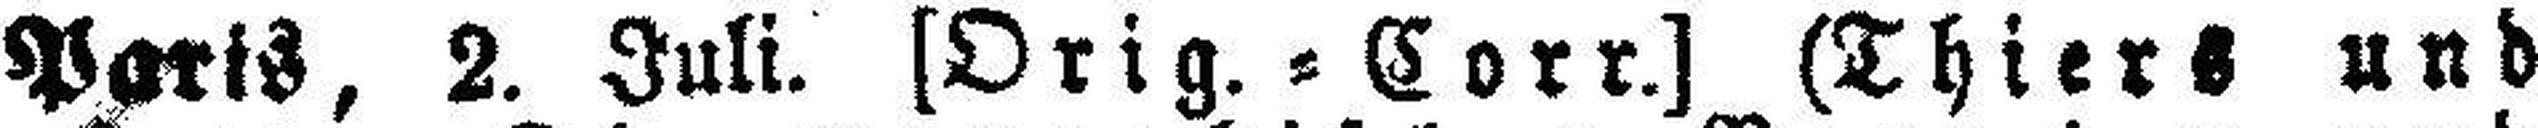
Paris, 2. Juli. [Orig.=Corr.] (Thiers und